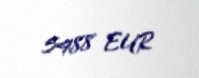
5488 EUR